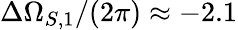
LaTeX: \Delta\Omega_{S,1}/(2\pi)\approx-2.1